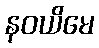
နဝယိမေ